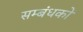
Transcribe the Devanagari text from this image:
सम्बंधकों